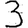
Digit: 3